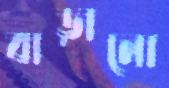
বাড়ানো